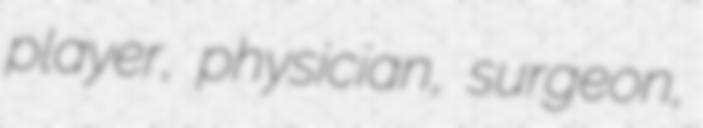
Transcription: player, physician, surgeon,